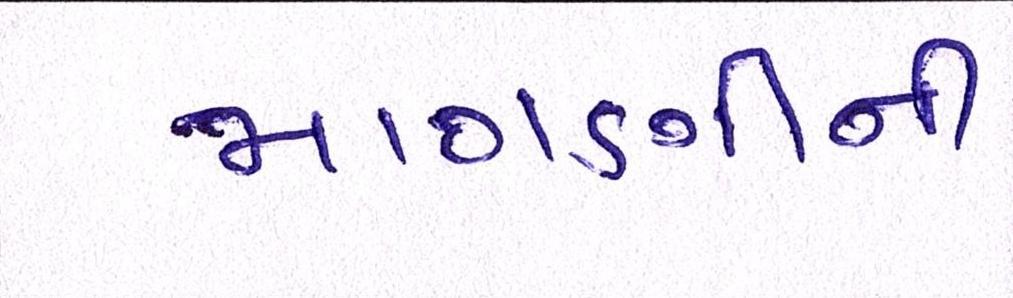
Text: માગણીની